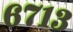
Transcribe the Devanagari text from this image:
६७१३